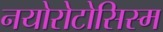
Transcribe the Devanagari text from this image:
नयोरोटोसिस्म